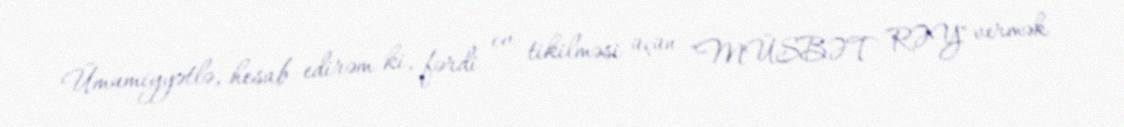
Ümumiyyətlə, hesab edirəm ki, fərdi ev tikilməsi üçün "MÜSBƏT RƏY" vermək